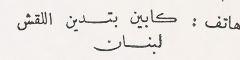
هاتف : كابين بتدين اللقش لبنان